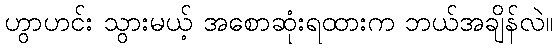
ဟွာဟင်း သွားမယ့် အစောဆုံးရထားက ဘယ်အချိန်လဲ။